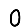
Digit: 0